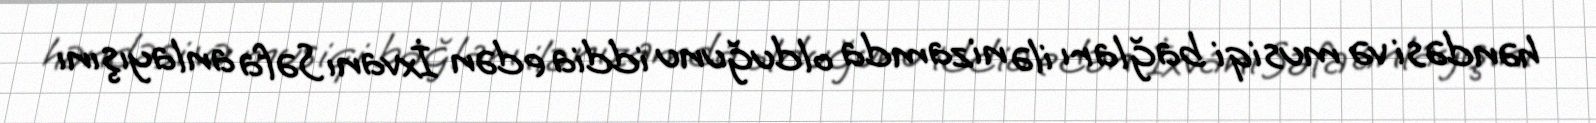
həndəsi və musiqi bağları ilə nizamda olduğunu iddia edən İxvanı Səfa anlayışını